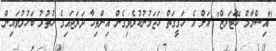
"އިސްލާމް ހޭޓަރޒް" އަށް އެ ހަގީގަތް ހަޖަމުނުކުރެވިގެން އިންތިހާ ދަރަޖައިގެ ހުތުރު ބަހުރުވައިން